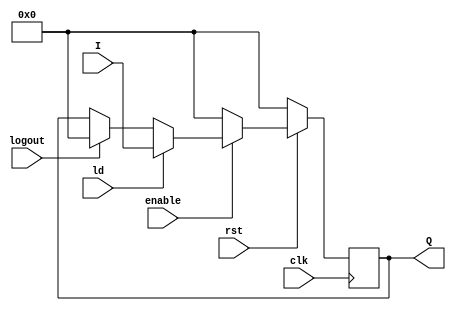
module load_register(logout,I,Q,ld,enable,clk,rst);
 input[3:0] I;
 input ld,clk,rst,enable,logout;
 output[3:0] Q;

 reg[3:0] R;
 
always @ (posedge clk)
begin
//Register bits set to '0' when reset is set
 if(rst==0) 
  begin
  R<=4'b0000;
  end
//storing to the register when load button set to '1'
 else if(enable==1)
 begin
 if(logout==1)
  R<=4'b0000;
 if(ld==1)
  begin
  R<=I;
  end
 end
 else R<=4'b0000;
end
//assigning R to Q
assign Q=R;
endmodule